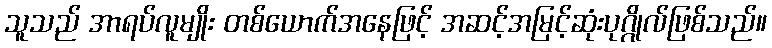
သူသည် အာရပ်လူမျိုး တစ်ယောက်အနေဖြင့် အဆင့်အမြင့်ဆုံးပုဂ္ဂိုလ်ဖြစ်သည်။